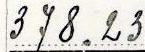
378.23